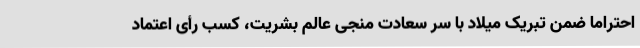
احتراماً ضمن تبریک میلاد با سر سعادت منجی عالم بشریت، کسب رأی اعتماد